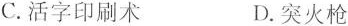
C.活字印刷术 D.突火枪